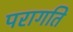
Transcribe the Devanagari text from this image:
परागति